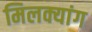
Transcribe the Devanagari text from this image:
मिलक्यांग